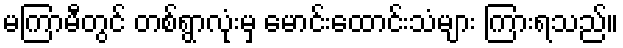
မကြာမီတွင် တစ်ရွာလုံးမှ မောင်းထောင်းသံများ ကြားရသည်။